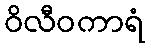
ဝိလီဝကာရံ